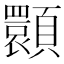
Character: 𩕪